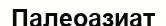
Палеоазиат